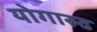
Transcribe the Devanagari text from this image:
योगारुढ